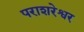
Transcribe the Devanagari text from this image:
पराशरेश्वर